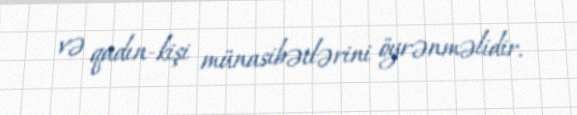
və qadın-kişi münasibətlərini öyrənməlidir.